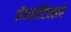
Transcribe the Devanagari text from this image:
अॅथलेटिक्सचे